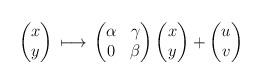
LaTeX: \begin{align*} \begin{pmatrix} x \\ y \end{pmatrix} \, \longmapsto \, \begin{pmatrix} \alpha & \gamma \\ 0 & \beta \end{pmatrix} \begin{pmatrix} x \\ y \end{pmatrix} + \begin{pmatrix} u \\ v \end{pmatrix}\end{align*}